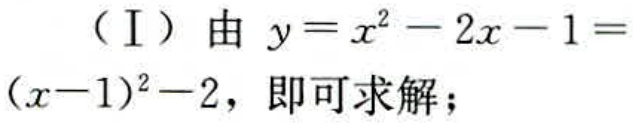
（Ⅰ）由 \(y = x^{2}-2x - 1=(x - 1)^{2}-2\)，即可求解；